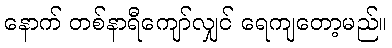
နောက် တစ်နာရီကျော်လျှင် ရေကျတော့မည်။